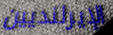
الإيرلنديين